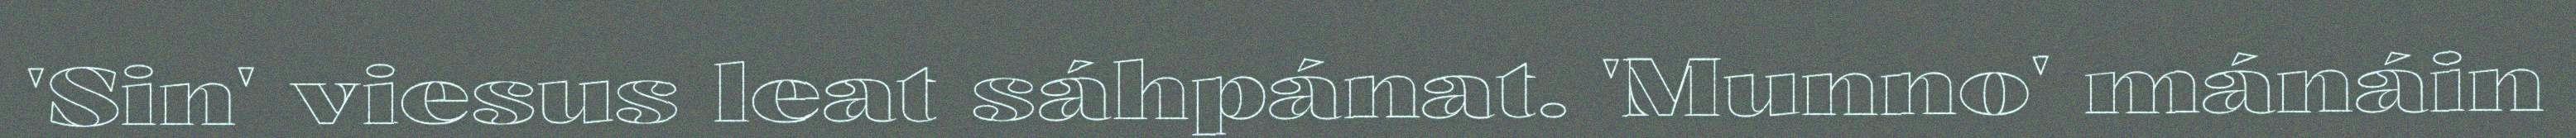
'Sin' viesus leat sáhpánat. 'Munno' mánáin